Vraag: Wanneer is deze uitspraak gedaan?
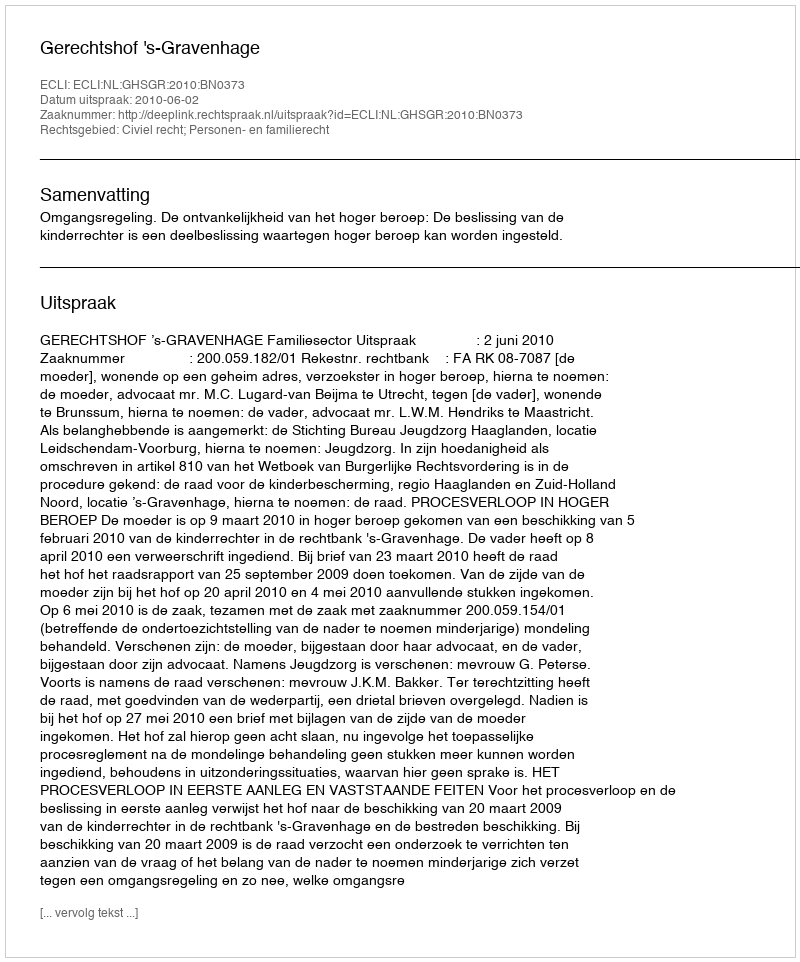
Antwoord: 2010-06-02